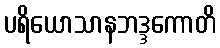
ပရိယောသာနဘဒ္ဒကောတိ